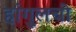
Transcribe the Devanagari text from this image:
हांगुलची